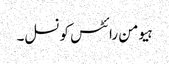
ہیومن رائٹس کونسل۔